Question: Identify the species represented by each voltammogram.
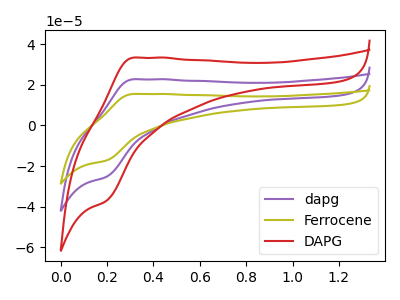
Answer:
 <answer>The purple curve is labeled "dapg". The olive curve is labeled "Ferrocene". The red curve is labeled "DAPG".</answer>
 <eval></eval>